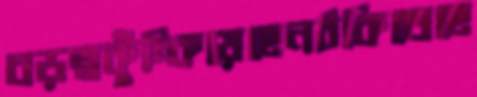
বড়ত্বকুঁচ্‌কিয়েছেনঠকিতেছে